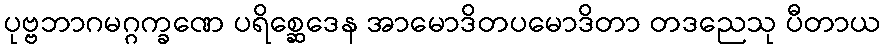
ပုဗ္ဗဘာဂမဂ္ဂက္ခဏေ ပရိစ္ဆေဒေန အာမောဒိတပမောဒိတာ တဒညေသု ပီတာယ